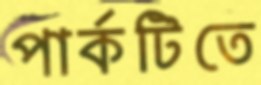
পার্কটিতে